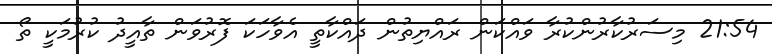
21:54 މިސަރުކާރުންކުރާ ވައްކަން ރައްޔިތުން ދައްކާތީ އެވާހަކަ ފޮރުވަން ތާއީދު ކުރުމަކީ ތޯ